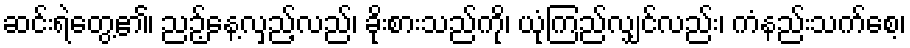
ဆင်းရဲတွေ့၏၊ ညဉ့်နေ့လှည့်လည်၊ ခိုးစားသည်ကို၊ ယုံကြည်လျှင်လည်း၊ ကံနည်းသက်စေ့၊